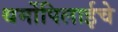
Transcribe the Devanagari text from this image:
थर्मोपिलाईचे